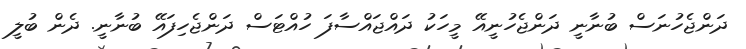
ދަންޖެހުނަސް ބުނާނީ ދަންޖެހުނީއޭ މީހަކު ދައްޖައްސާފަ ހުއްޓަސް ދަންޖެހިފައޭ ބުނާނީ. ދެން ބުލީ